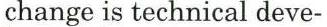
change is technical deve-